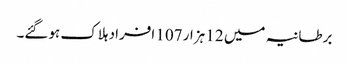
برطانیہ میں 12 ہزار 107 افراد ہلاک ہوگئے۔